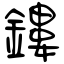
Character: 鏤